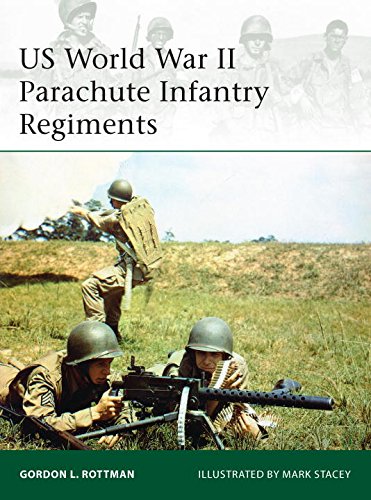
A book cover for US World War II Parachute Infantry Regiments (Elite); Gordon Rottman; History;